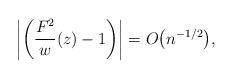
LaTeX: \begin{gather*}\left\vert \left(\frac{F^2}{w}(z) -1 \right)\right\vert = O\big(n^{-1/2}\big),\end{gather*}